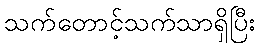
သက်တောင့်သက်သာရှိပြီး